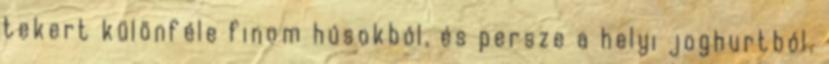
tekert különféle finom húsokból, és persze a helyi joghurtból.